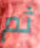
ثم